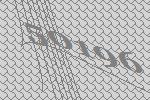
50196